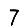
Digit: 7